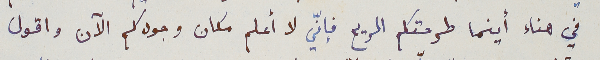
في هناء أينما طرحتكم الريح فإنّي لا أعلم مكان وجودكم الآن واقول